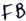
Text: FB